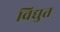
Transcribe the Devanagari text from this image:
विद्युत